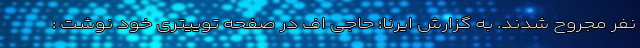
نفر مجروح شدند. به گزارش ایرنا؛ حاجی اف در صفحه توییتری خود نوشت :